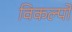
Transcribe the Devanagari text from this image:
विकल्‍पों